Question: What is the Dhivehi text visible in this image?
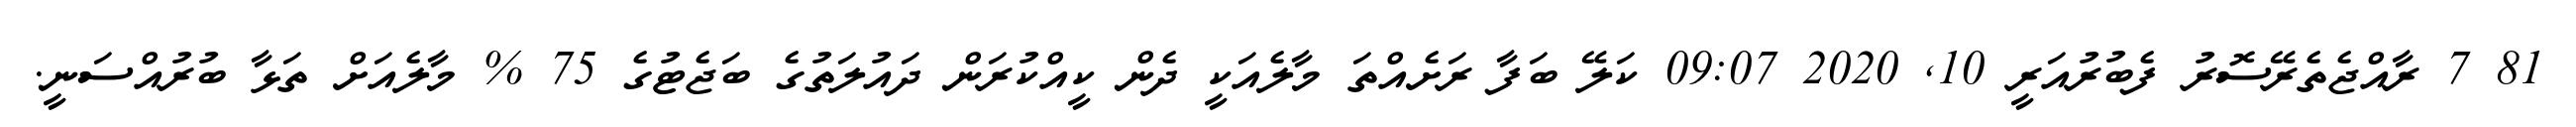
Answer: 81 7 ރާއްޖެތެރޭސޮރު ފެބުރުއަރީ 10, 2020 09:07 ކަލޭ ބަފާ ރަށެއްތަ މާލެއަކީ ދެން ކީއްކުރަން ދައުލަތުގެ ބަޖެޓުގެ 75 % މާލެއަށް ތަޅާ ބުރުއްސަނީ.